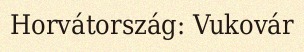
Horvátország: Vukovár